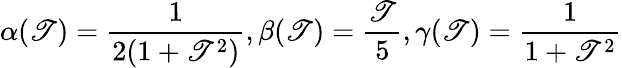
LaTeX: \alpha(\mathscr{T})=\frac{{1}}{{2(1+\mathscr{T}^{2})}},\beta(\mathscr{T})=\frac{{\mathscr{T}}}{{5}},\gamma(\mathscr{T})=\frac{{1}}{{1+\mathscr{T}^{2}}}